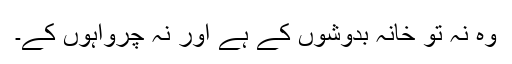
وہ نہ تو خانہ بدوشوں کے ہے اور نہ چرواہوں کے۔